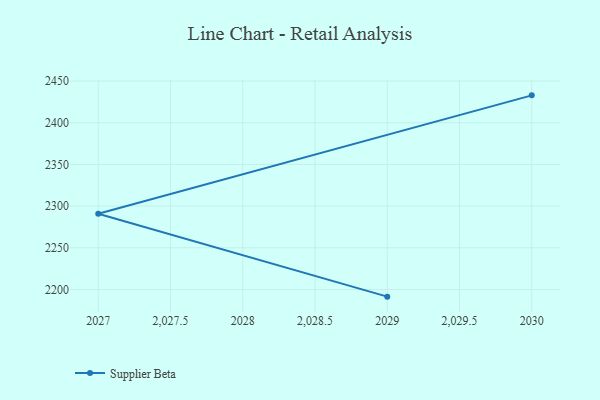
{"axis": {"x": "Year", "y": "Revenue (USD Million)"}, "legend": ["Supplier Beta"], "data": [{"x": "2029", "y": 2191.4, "type": "Supplier Beta"}, {"x": "2027", "y": 2290.9, "type": "Supplier Beta"}, {"x": "2030", "y": 2432.8, "type": "Supplier Beta"}]}